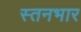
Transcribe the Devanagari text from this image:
स्तनभार